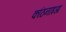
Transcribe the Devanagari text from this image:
कठिनाइआ